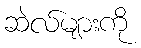
ဆဲလ်များကို